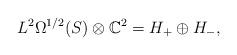
LaTeX: \begin{gather*}L^2\Omega^{1/2}(S)\otimes \mathbb C^2=H_+\oplus H_-,\end{gather*}